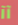
آآ